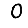
Digit: 0